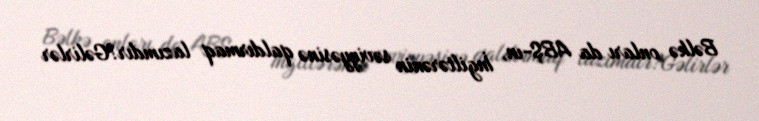
Bəlkə onları da ABŞ-ın, İngiltərənin səviyyəsinə qaldırmaq lazımdır?Gəlirlər